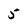
Character: 5